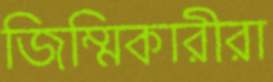
জিম্মিকারীরা